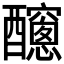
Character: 𨣼